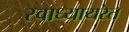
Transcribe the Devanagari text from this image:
स्वाध्यायरत